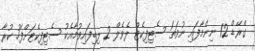
ގްރޭޑް 12 ނިންމާފައި ނުވަތަ ސެޓިފިކެޓް ލެވެލް 2 ލިބިފައިވުމާއެކު ސެޓިފިކެޓަށްފަހު ކުރާ